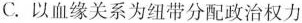
C.以血缘关系为纽带分配政治权力